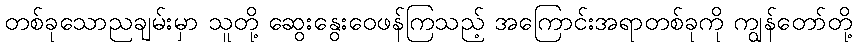
တစ်ခုသောညချမ်းမှာ သူတို့ ဆွေးနွေးဝေဖန်ကြသည့် အကြောင်းအရာတစ်ခုကို ကျွန်တော်တို့